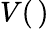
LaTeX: V(\, )